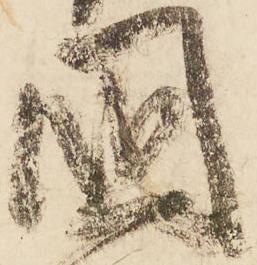
國